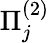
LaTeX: \Pi_{j}^{(2)}